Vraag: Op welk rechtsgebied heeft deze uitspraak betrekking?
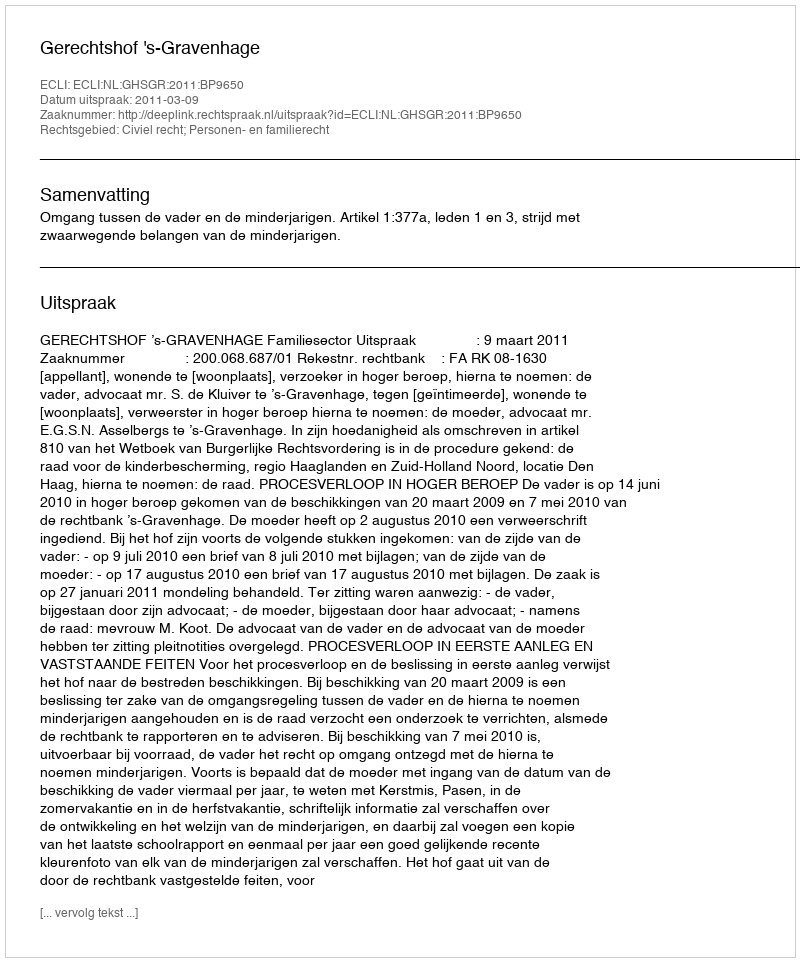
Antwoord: Civiel recht; Personen- en familierecht